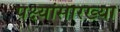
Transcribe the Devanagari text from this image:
पक्ष्यांसारख्या